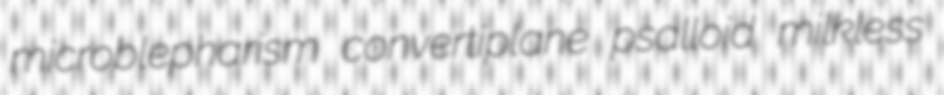
microblepharism convertiplane psalloid milkless